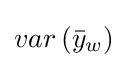
var\left({\bar {y}}_{w}\right)